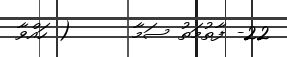
22- ފާތުމަތު ސަމާ      ( ހައްވާ